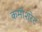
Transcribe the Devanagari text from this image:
कमीशरेट